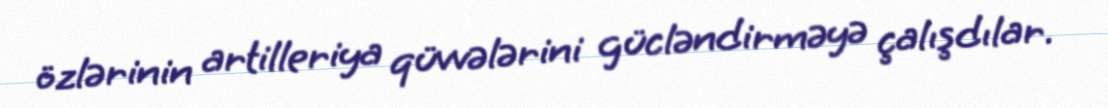
özlərinin artilleriya qüvvələrini gücləndirməyə çalışdılar.